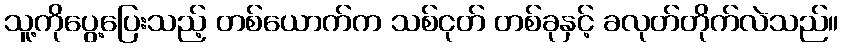
သူ့ကိုပွေ့ပြေးသည့် တစ်ယောက်က သစ်ငုတ် တစ်ခုနှင့် ခလုတ်တိုက်လဲသည်။